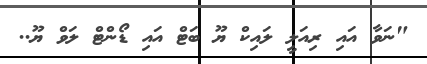
"ނަވާ އައި ރިއަލީ ލައިކް ޔޫ ބަޓް އައި ޑޯންޓް ލަވް ޔޫ..